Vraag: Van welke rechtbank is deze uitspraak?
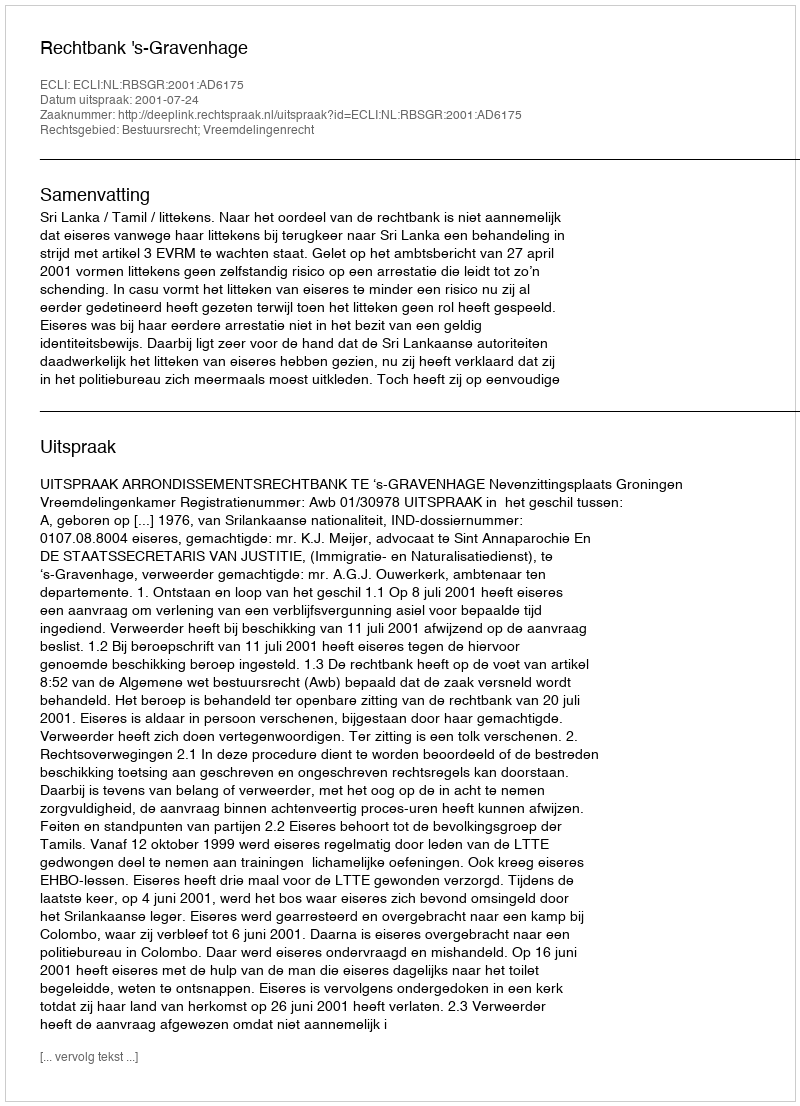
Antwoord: Rechtbank 's-Gravenhage